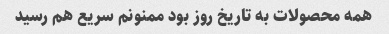
همه محصولات به تاریخ روز بود ممنونم سریع هم رسید